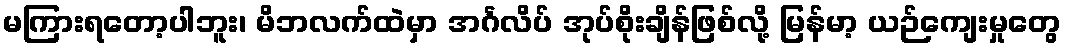
မကြားရတော့ပါဘူး၊ မိဘလက်ထဲမှာ အင်္ဂလိပ် အုပ်စိုးချိန်ဖြစ်လို့ မြန်မာ့ ယဉ်ကျေးမှုတွေ